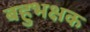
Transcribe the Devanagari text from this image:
बहुभक्षक